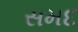
સમદ